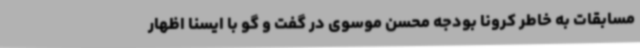
مسابقات به خاطر کرونا بودجه محسن موسوی در گفت و گو با ایسنا اظهار